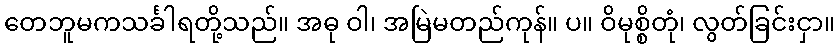
တေဘူမကသင်္ခါရတို့သည်။ အဓု ဝါ၊ အမြဲမတည်ကုန်။ ပ။ ဝိမုစ္စိတုံ၊ လွတ်ခြင်းငှာ။